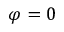
\varphi = 0